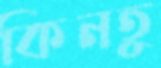
কিনতু